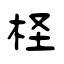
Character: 柽